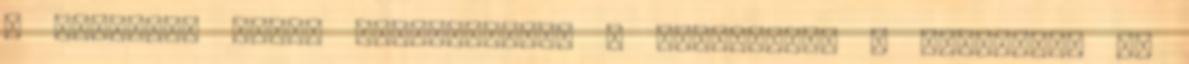
A rövidebb távok kedvelőinek, a kezdőknek, a kicsiknek és